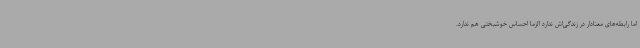
اما رابطه‌های معنادار در زندگی‌اش ندارد الزماً احساس خوشبختی هم ندارد.